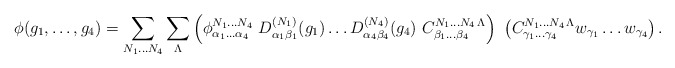
\begin{align*}\phi(g_1,\ldots,g_4) = \sum_{N_1\ldots N_4} \sum_\Lambda \left(\phi^{N_1\ldots N_4}_{\alpha_1\ldots\alpha_4}\ D^{(N_1)}_{\alpha_1\beta_1}(g_1) \ldots D^{(N_4)}_{\alpha_4\beta_4}(g_4)\ C^{N_1\ldots N_4\,\Lambda}_{\beta_1\ldots\beta_4}\right) \ \left({C}^{N_1\ldots N_4\,\Lambda}_{\gamma_1\ldots\gamma_4} w_{\gamma_1}\ldots w_{\gamma_4}\right).\end{align*}